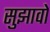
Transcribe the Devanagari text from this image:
सुझावो